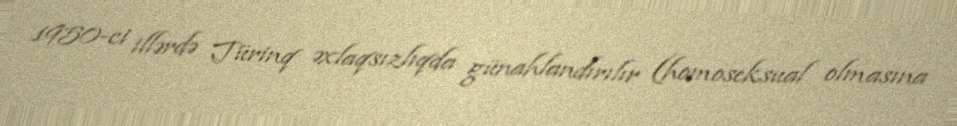
1950-ci illərdə Türinq əxlaqsızlıqda günahlandırılır (homoseksual olmasına